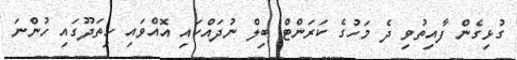
ގުޅިގެން ފާއިތުވި ދެ މަހުގެ ކަރަންޓް ބިލް ނުދައްކައި އޮއްވައި ހިތަދޫގައި ހުންނަ